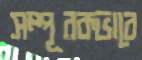
সম্পূরকভাবে